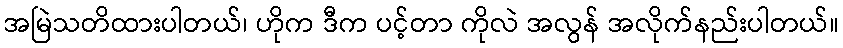
အမြဲသတိထားပါတယ်၊ ဟိုက ဒီက ပင့်တာ ကိုလဲ အလွန် အလိုက်နည်းပါတယ်။